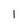
Character: I